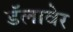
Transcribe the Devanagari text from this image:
डॅलावेर